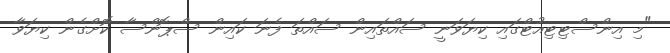
"މި އިންސްޓިޓިއުޓްގައި ކިޔަވަނީ ސައްތައިން ސައްތަ ފެނަ ކައިން ސްޕޮންސާ ކޮށްގެން ކިޔަވާ